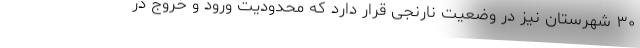
۳۰ شهرستان نیز در وضعیت نارنجی قرار دارد که محدودیت ورود و خروج در